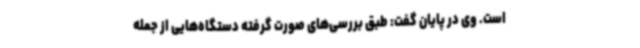
است. وی در پایان گفت: طبق بررسی‌های صورت گرفته دستگاه‌هایی از جمله